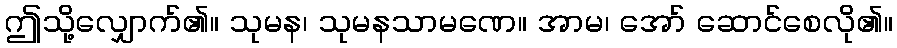
ဤသို့လျှောက်၏။ သုမန၊ သုမနသာမဏေ။ အာမ၊ အော် ဆောင်စေလို၏။